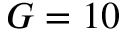
G = 1 0